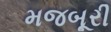
મજબૂરી